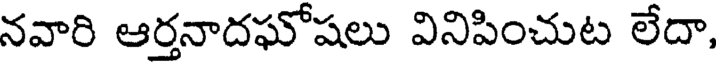
నవారి ఆర్తనాదఘోషలు వినిపించుట లేదా,